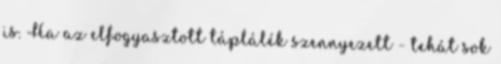
is. Ha az elfogyasztott táplálék szennyezett - tehát sok